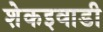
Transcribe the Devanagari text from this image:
शेकइवाडी